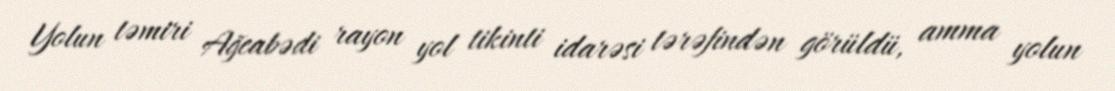
Yolun təmiri Ağcabədi rayon yol tikinti idarəsi tərəfindən görüldü, amma yolun